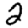
Digit: 2